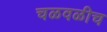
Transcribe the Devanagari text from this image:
चळवळीच